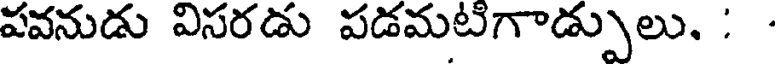
పవనుడు విసరడు పడమటిగాడ్పులు. :